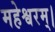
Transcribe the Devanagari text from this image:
महेश्वरम्।